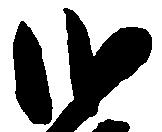
弐